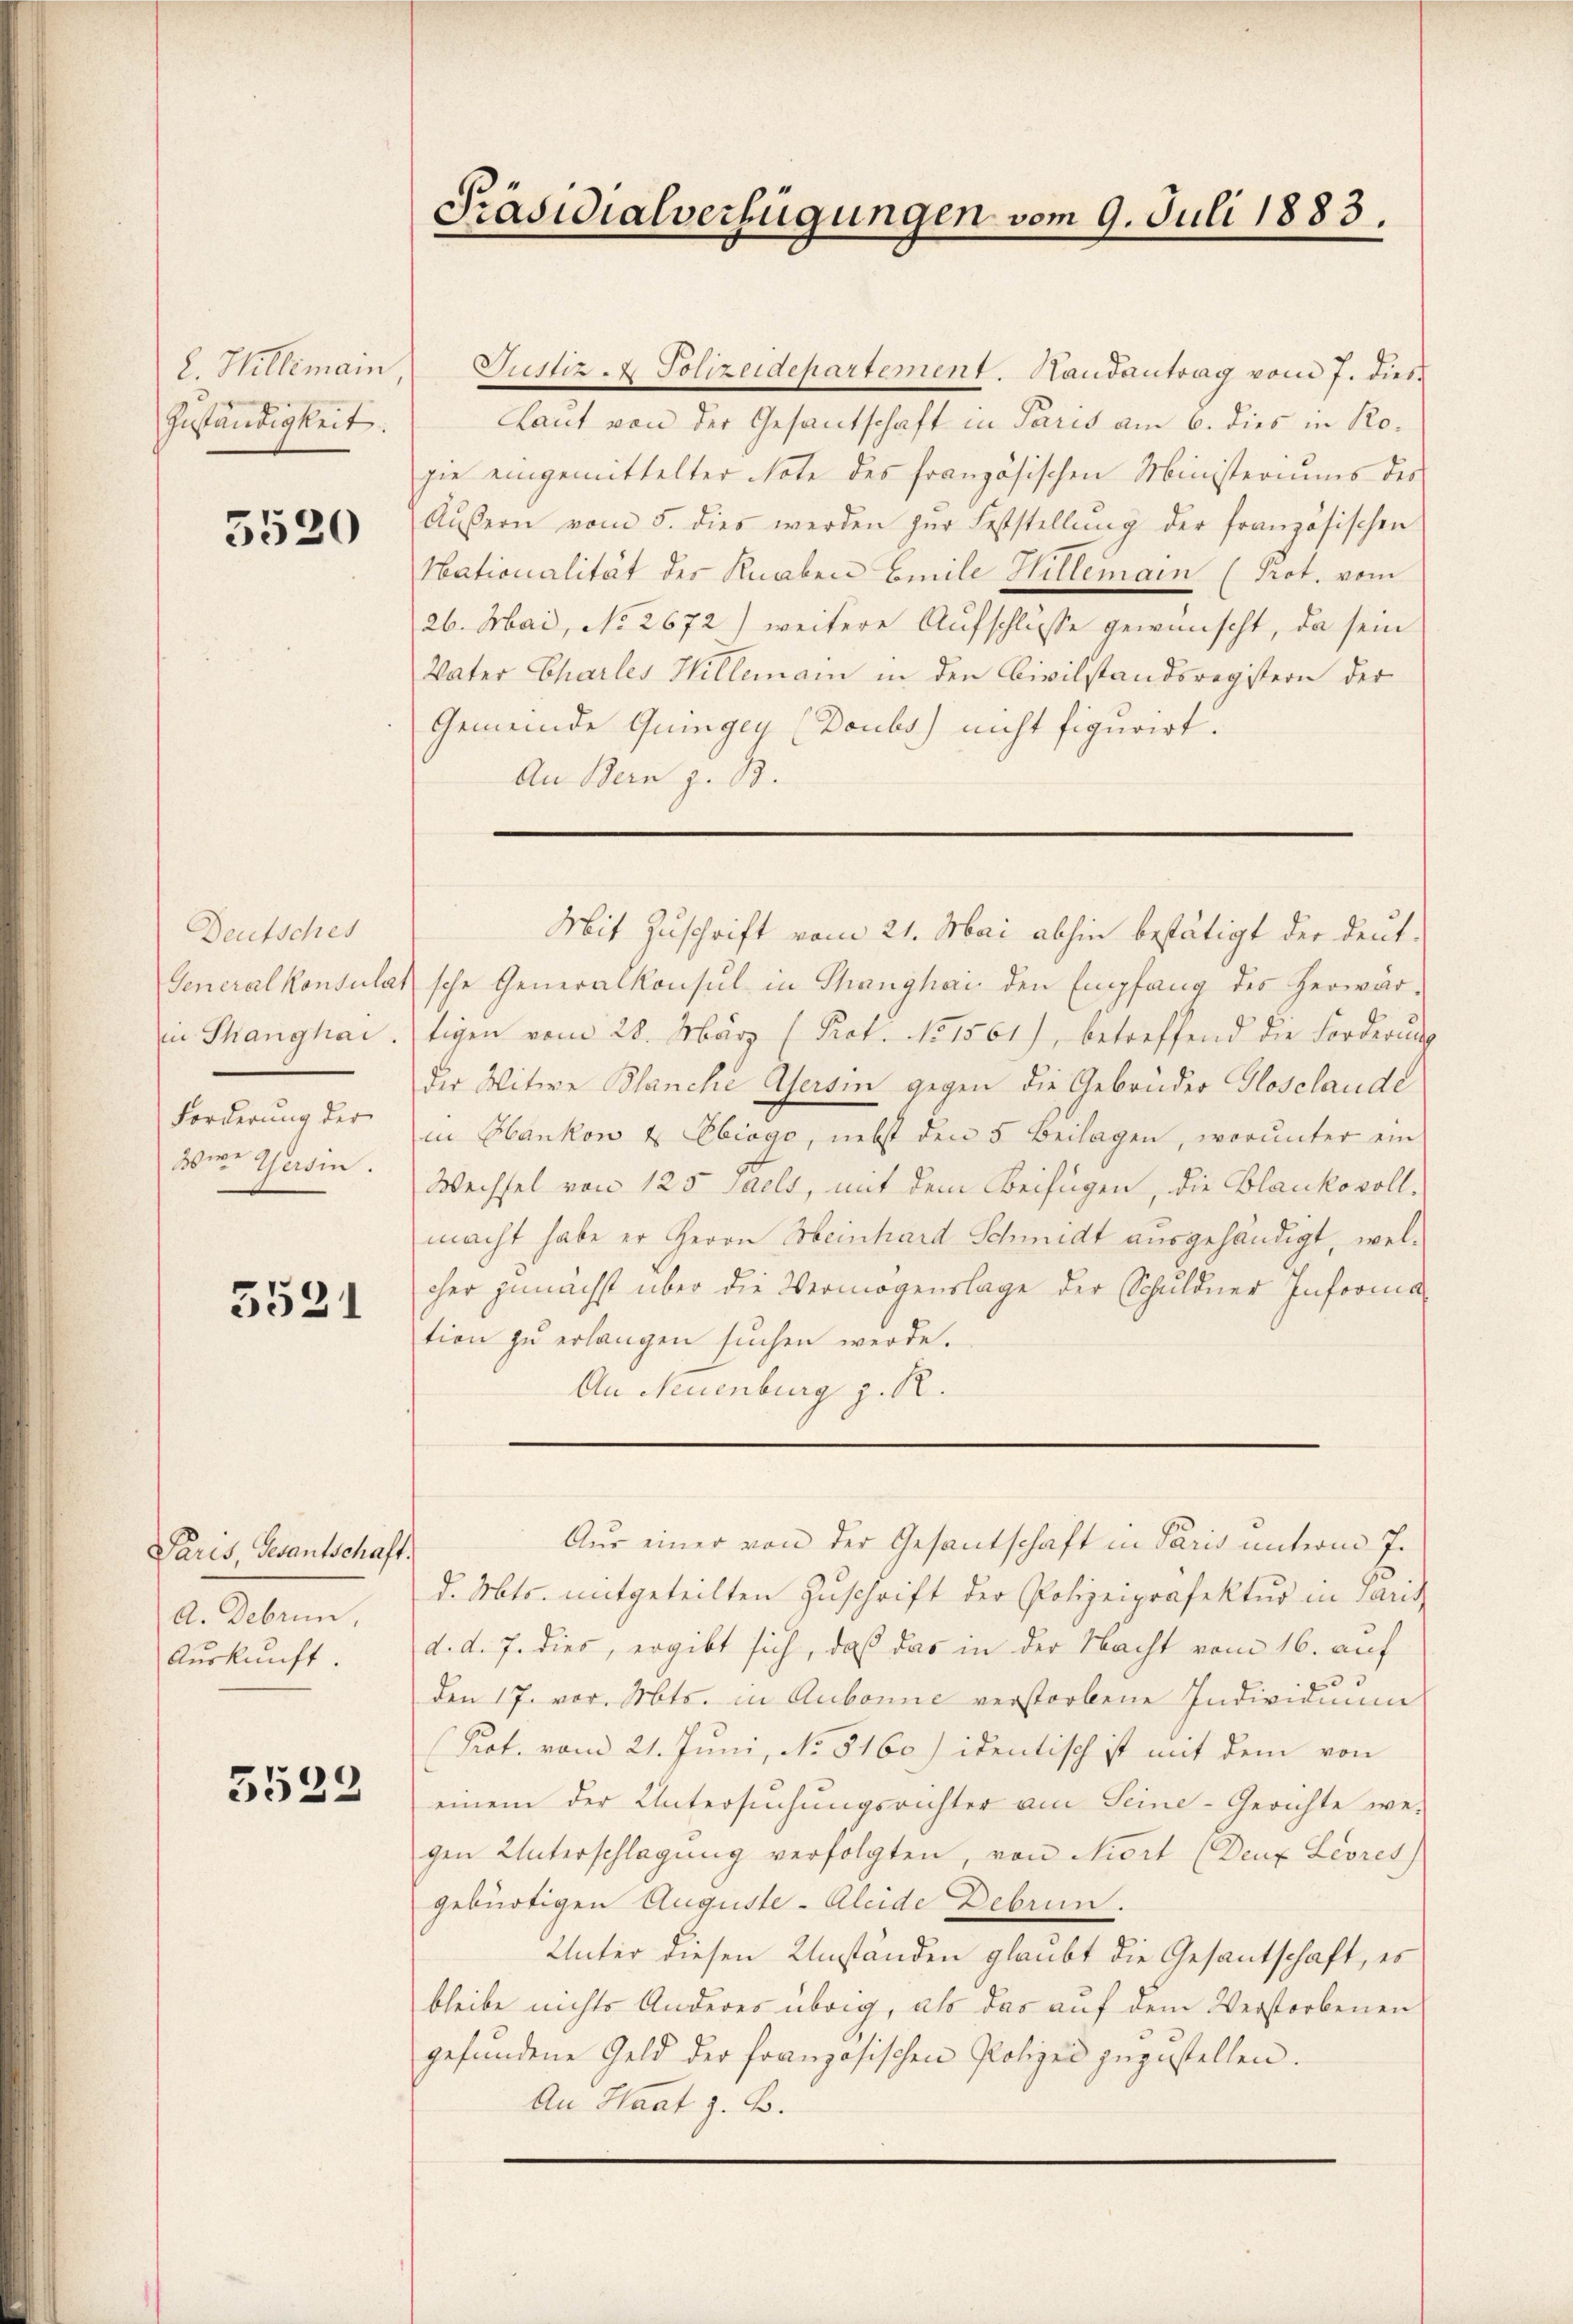
E. Hillemain.
Zuständigkeit.

5520

Deutsches
Generalkonsulat
in Thanghai.
Forderung der
Die Gesin

5521

Paris, Gesantschaft.
A. Februn
Aŭskŭnft.

5522

Präsidialverfügungen vom 9. Juli 1883.

Justiz & Polizeidepartement. Randantrag vom 7. dies
Laut von der Gesantschaft in Paris am 6. dies in Rogie eingemittelter Note des französischen Ministeriums des
Äŭβern vom 5. dies werden zŭr Feststellŭng der französischen
Nationalität der Knaben Emile Hillemain (Prot. vom
26. Mai, No 2672) weitere Aufschlusse gewünscht, da sein
Vater Charles Hillemann in den Civilstandsregistern der
Gemeinde Quingey (Doubs) nicht figurirt.
An Bern z. B.

sche Generalkonsul in Thanghai den Empfang des Herwärtigen vom 28. März (Prot. No 1561), betreffend die Forderung
der Witwe Blanche Aersin gegen die Gebrüder Glosclaude
in Hankon u Ebiogo, nebst den 5 Beilagen, worunter ein
Wechsel von 125 Jaels, mit dem Beifügen, die Blankovollmacht habe er Herrn Meinhard Schmidt ausgehändigt, welcher zunächst über die Vermögenslage der Schuldner Informa
tion zŭ erlangen sŭchen werde.
An Neuenburg z. R.

Mit Zuschrift vom 21. Mai abhin bestätigt der deut-

Aus einer von der Gesantschaft in Paris unterm 7.

d. Mts. mitgeteilten Zuschrift der Polizeipräfektur in Paris
d. d. 7. dies, ergibt sich, daß das in der Nacht vom 16. auf
den 17. vor. Mts. in Aubonne verstorbene Individuum
Prot. vom 21. Juni, No 5160) identisch ist mit dem von
einem der Untersuchungsrichter am Seine-Gerichte we-
gen Unterschlagung verfolgten, von Niort (Deuz Livres)
gebürtigen Auguste-Aleide Debrun.
Unter diesen Umständen glaubt die Gesantschaft, es
bleibe nichts Anderes übrig, als das auf dem Verstorbenen
gefundene Geld der französischen Polizei zuzustellen.
An Haat z. B.